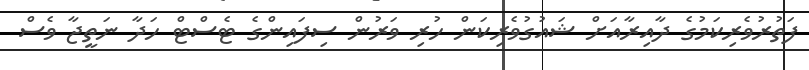
ފަތުރުވެރިކަމުގެ ދާއިރާއަށް ޝައުގުވެރިކަން ހުރި ވަރުން ސިފައިންގެ ޓެސްޓް ހަދާ ނަތީޖާ ވެސް